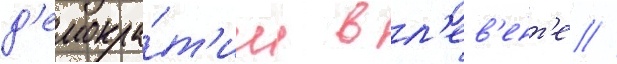
д'емокра́т'ии в л'ев'ент'е //